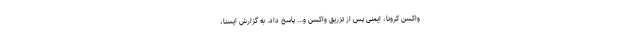
واکسن کرونا، ایمنی پس از تزریق واکسن و... پاسخ داد. به گزارش ایسنا،